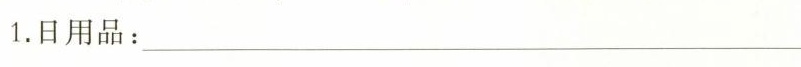
1.日用品：————————————